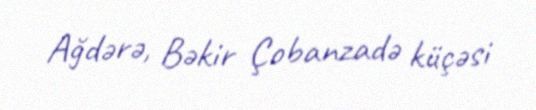
Ağdərə, Bəkir Çobanzadə küçəsi